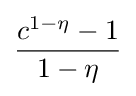
{\frac {c^{1-\eta }-1}{1-\eta }}